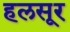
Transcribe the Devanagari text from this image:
हलसूर